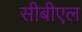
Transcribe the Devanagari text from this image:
सीबीएल